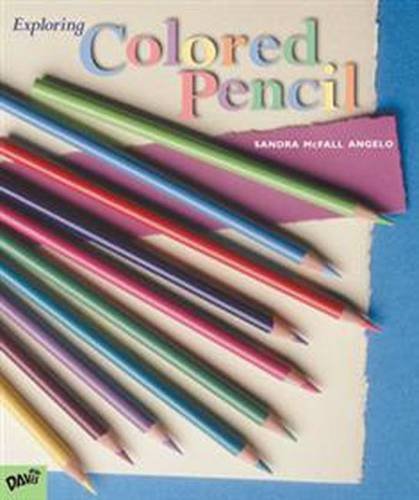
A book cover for Exploring Colored Pencil; Sandra Angelo; Arts & Photography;